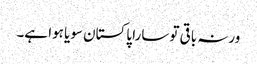
ورنہ باقی تو سارا پاکستان سویا ہوا ہے۔